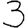
Digit: 3